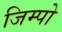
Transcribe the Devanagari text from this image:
जिम्पो